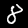
Digit: 8